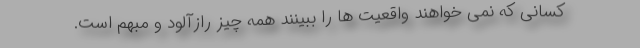
کسانی که نمی خواهند واقعیت ها را ببینند همه چیز رازآلود و مبهم است.